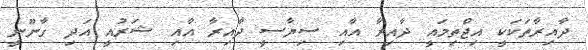
ދާއިރާތަކަކީ އިޖްތިމައީ ދާއިރާ އާއި ސިޔާސީ ދާއިރާ އާއި ޝަރުއީ އަދި ގާނޫނީ